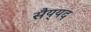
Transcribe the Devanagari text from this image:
सैय्‌यद